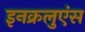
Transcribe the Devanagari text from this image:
इनक्रलुएंस